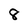
Character: 8